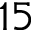
1 5